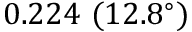
0 . 2 2 4 \ ( 1 2 . 8 ^ { \circ } )